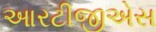
આરટીજીએસ